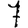
Digit: 7